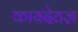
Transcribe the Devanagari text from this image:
कायदेतज्ञ